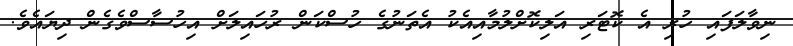
ނިވާލަފައި ހުރި އެ ކޮޓަރި އަލިކޮށްލުމާއިއެކު އެތަނުގެ ހުސްކަން ރުހައިލަށް އިހުސާސްވެގެން ދިޔައެވެ.